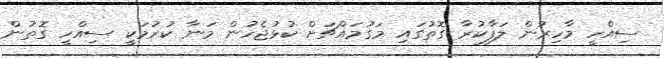
ސިއްހީ މާހިރުން ލަފާކުރާ ގޮތުގައި މަގުމައްޗަށް ކުޅުޖެހުން މަނާ ކުރުމަކީ ސިއްހީ ގޮތުން